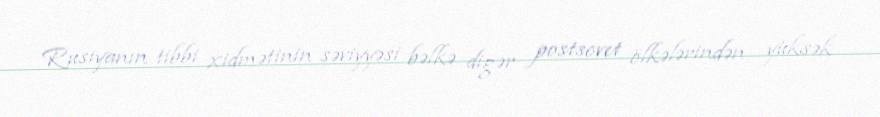
Rusiyanın tibbi xidmətinin səviyyəsi bəlkə digər postsovet ölkələrindən yüksək